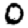
Digit: 0